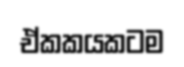
ඒකකයකටම